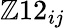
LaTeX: \mathbb{Z}12_{ij}